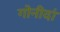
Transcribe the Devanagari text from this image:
गोनीदां